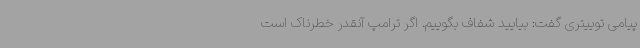
پیامی توییتری گفت: بیایید شفاف بگوییم. اگر ترامپ آنقدر خطرناک است